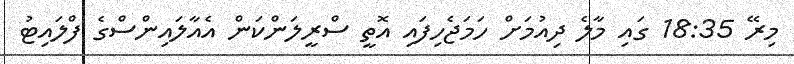
މިރޭ 18:35 ގައި މާލެ ދިއުމަށް ހަމަޖެހިފައި އޮތީ ސްރީލަންކަން އެއާލައިންސްގެ ފްލައިޓު